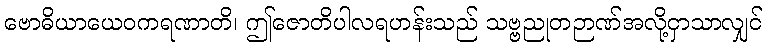
ဗောဓိယာယေဝကရဏာတိ၊ ဤဇောတိပါလရဟန်းသည် သဗ္ဗညုတဉာဏ်အလို့ငှာသာလျှင်